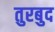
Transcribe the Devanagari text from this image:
तुरबुद